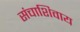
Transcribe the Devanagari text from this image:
संचाशिवाय